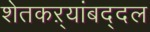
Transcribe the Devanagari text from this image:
शेतकऱ्यांबद्दल